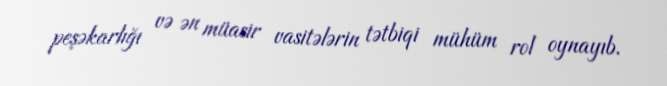
peşəkarlığı və ən müasir vasitələrin tətbiqi mühüm rol oynayıb.